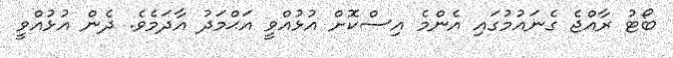
ބޯޓު ރާއްޖެ ގެނައުމުގައި އެންމެ އިސްކޮށް އުޅުއްވީ އަޙްމަދު އާދަމެވެ. ދެން އުޅުއްވީ